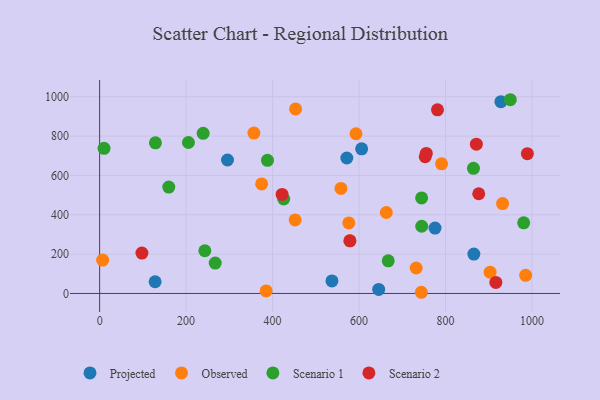
{"axis": {"x": "Experience", "y": "Profit"}, "legend": ["Observed", "Projected", "Scenario 1", "Scenario 2"], "data": [{"x": "537.3", "y": 63.8, "type": "Projected"}, {"x": "571.7", "y": 688.6, "type": "Projected"}, {"x": "295.7", "y": 678.6, "type": "Projected"}, {"x": "645.4", "y": 20.6, "type": "Projected"}, {"x": "606.0", "y": 735.6, "type": "Projected"}, {"x": "928.1", "y": 975.3, "type": "Projected"}, {"x": "865.5", "y": 200.3, "type": "Projected"}, {"x": "775.7", "y": 332.3, "type": "Projected"}, {"x": "128.3", "y": 59.5, "type": "Projected"}, {"x": "985.3", "y": 92.2, "type": "Observed"}, {"x": "385.1", "y": 12.8, "type": "Observed"}, {"x": "6.9", "y": 169.5, "type": "Observed"}, {"x": "452.1", "y": 373.9, "type": "Observed"}, {"x": "663.0", "y": 411.5, "type": "Observed"}, {"x": "576.3", "y": 358.7, "type": "Observed"}, {"x": "578.5", "y": 268.6, "type": "Observed"}, {"x": "790.8", "y": 659.0, "type": "Observed"}, {"x": "374.7", "y": 556.9, "type": "Observed"}, {"x": "356.8", "y": 815.5, "type": "Observed"}, {"x": "744.1", "y": 6.0, "type": "Observed"}, {"x": "592.9", "y": 811.9, "type": "Observed"}, {"x": "732.1", "y": 129.4, "type": "Observed"}, {"x": "903.1", "y": 108.4, "type": "Observed"}, {"x": "453.2", "y": 938.3, "type": "Observed"}, {"x": "931.9", "y": 456.9, "type": "Observed"}, {"x": "558.1", "y": 533.9, "type": "Observed"}, {"x": "744.7", "y": 485.6, "type": "Scenario 1"}, {"x": "129.0", "y": 765.8, "type": "Scenario 1"}, {"x": "980.8", "y": 358.9, "type": "Scenario 1"}, {"x": "239.4", "y": 814.1, "type": "Scenario 1"}, {"x": "159.9", "y": 541.1, "type": "Scenario 1"}, {"x": "864.6", "y": 636.2, "type": "Scenario 1"}, {"x": "949.8", "y": 985.0, "type": "Scenario 1"}, {"x": "667.5", "y": 166.0, "type": "Scenario 1"}, {"x": "205.3", "y": 767.4, "type": "Scenario 1"}, {"x": "388.2", "y": 677.1, "type": "Scenario 1"}, {"x": "425.7", "y": 480.2, "type": "Scenario 1"}, {"x": "744.9", "y": 341.7, "type": "Scenario 1"}, {"x": "243.3", "y": 217.2, "type": "Scenario 1"}, {"x": "267.3", "y": 154.4, "type": "Scenario 1"}, {"x": "10.2", "y": 737.8, "type": "Scenario 1"}, {"x": "871.3", "y": 759.0, "type": "Scenario 2"}, {"x": "753.0", "y": 695.1, "type": "Scenario 2"}, {"x": "579.0", "y": 267.8, "type": "Scenario 2"}, {"x": "916.4", "y": 56.1, "type": "Scenario 2"}, {"x": "876.8", "y": 506.9, "type": "Scenario 2"}, {"x": "755.5", "y": 712.0, "type": "Scenario 2"}, {"x": "989.3", "y": 710.8, "type": "Scenario 2"}, {"x": "97.8", "y": 205.2, "type": "Scenario 2"}, {"x": "422.0", "y": 503.5, "type": "Scenario 2"}, {"x": "781.4", "y": 933.5, "type": "Scenario 2"}]}